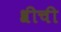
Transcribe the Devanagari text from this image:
श्रीची